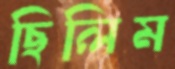
ছিলিম